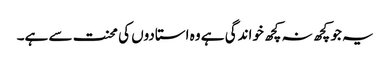
یہ جو کچھ نہ کچھ خواندگی ہے وہ استادوں کی محنت سے ہے۔